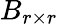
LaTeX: B_{r\times r}